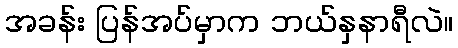
အခန်း ပြန်အပ်မှာက ဘယ်နှနာရီလဲ။